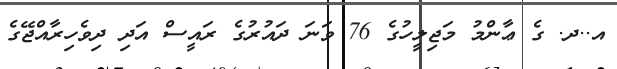
އ..ދ. ގެ ޢާންމު މަޖިލީހުގެ 76 ވަނަ ދައުރުގެ ރައީސް އަދި ދިވެހިރާއްޖޭގެ